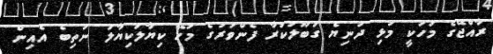
ރާއްޖޭގެ މަހަކީ މުޅި ދުނިޔެ ގަބޫލުކުރާ ފެންވަރުގެ މަހޭ ކިޔާލަކިޔާލަ ނުތިބެ އެއިން